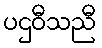
ပဌဝီသညီ